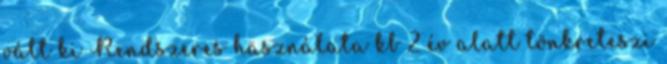
vált ki Rendszeres használata kb 2 év alatt tönkreteszi